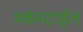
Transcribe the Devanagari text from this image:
मर्कनटाईल